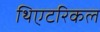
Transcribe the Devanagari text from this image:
थिएटरिकल